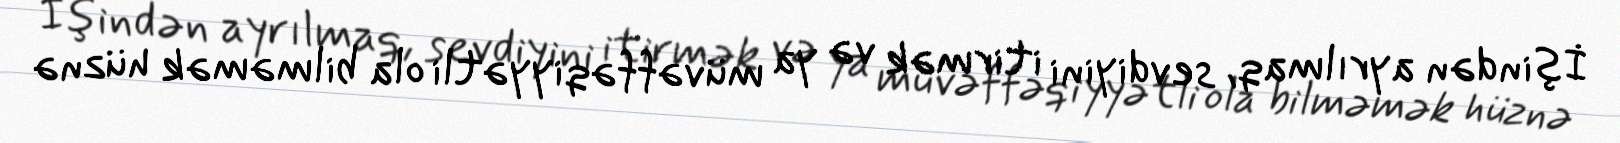
İşindən ayrılmaq, sevdiyini itirmək və ya müvəffəqiyyətli ola bilməmək hüznə